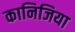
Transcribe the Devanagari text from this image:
कानिजिया